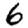
Digit: 6